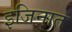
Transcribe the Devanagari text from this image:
इजिनात